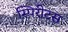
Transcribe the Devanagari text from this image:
स्पिरीटस